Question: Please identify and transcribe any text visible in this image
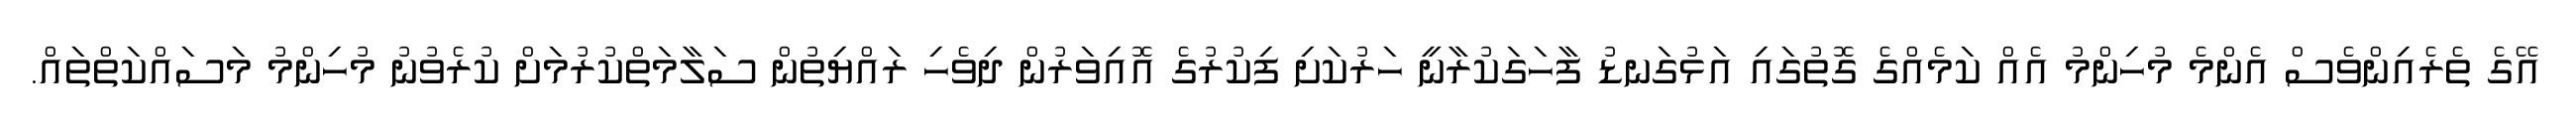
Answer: އޭގެ ތެރެއިންވެސް އެންމެ މުހިންމު އެއް ކަމެއްގެ ގޮތުގައި އަޅުގަނޑު ފާހަގަކުރާނީ ހަރުކަށި ފިކުރުގެ އޮއިވަރުން ދިވެހި ރައްޔިތުން ސަލާމަތްކުރުމަށް ކުރެވުނު މުހިންމު މަސައްކަތްތައް.